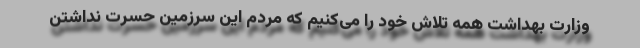
وزارت بهداشت همه تلاش خود را می‌کنیم که مردم این سرزمین حسرت نداشتن